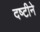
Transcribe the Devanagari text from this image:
दष्‍टीने